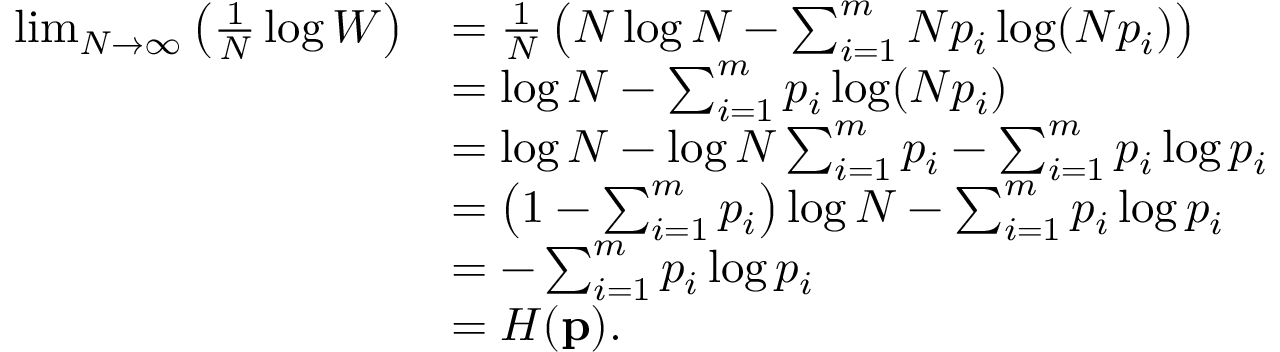
{ \begin{array} { r l } { \operatorname* { l i m } _ { N \to \infty } \left( { \frac { 1 } { N } } \log W \right) } & { = { \frac { 1 } { N } } \left( N \log N - \sum _ { i = 1 } ^ { m } N p _ { i } \log ( N p _ { i } ) \right) } \\ & { = \log N - \sum _ { i = 1 } ^ { m } p _ { i } \log ( N p _ { i } ) } \\ & { = \log N - \log N \sum _ { i = 1 } ^ { m } p _ { i } - \sum _ { i = 1 } ^ { m } p _ { i } \log p _ { i } } \\ & { = \left( 1 - \sum _ { i = 1 } ^ { m } p _ { i } \right) \log N - \sum _ { i = 1 } ^ { m } p _ { i } \log p _ { i } } \\ & { = - \sum _ { i = 1 } ^ { m } p _ { i } \log p _ { i } } \\ & { = H ( \mathbf { p } ) . } \end{array} }